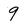
Character: 9